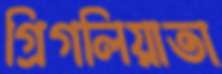
গ্রিগলিয়াতা